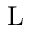
\mathrm { L }